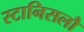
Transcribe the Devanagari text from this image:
स्टानिसलौ